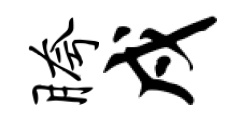
胯戍